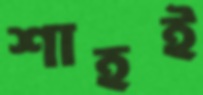
শাহই